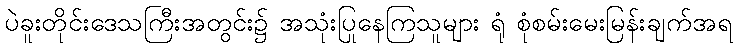
ပဲခူးတိုင်းဒေသကြီးအတွင်း၌ အသုံးပြုနေကြသူများ ရုံ စုံစမ်းမေးမြန်းချက်အရ